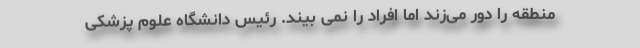
منطقه را دور می‌زند اما افراد را نمی بیند. رئیس دانشگاه علوم پزشکی